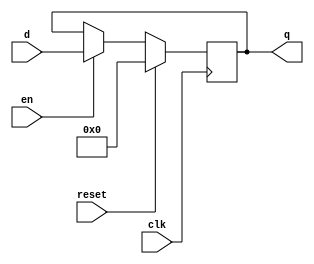
module flopenr #(parameter WIDTH = 36, RES_VAL = 0) (
  input clk, reset, en,
  input [WIDTH-1:0] d,
  output reg [WIDTH-1:0] q
);

  always @(posedge clk)
    if (reset)
      q <= RES_VAL;
    else if (en)
      q <= d;
	  
endmodule